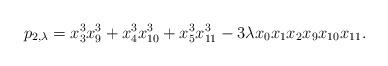
LaTeX: \begin{align*}p_{2,\lambda}=x_3^3x_9^3+x_4^3x_{10}^3+x_5^3x_{11}^3-3 \lambda x_0x_1x_2x_9x_{10}x_{11}.\end{align*}